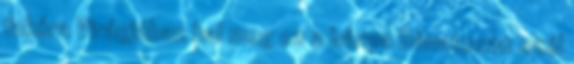
fakóra Virágjában hal meg ez a bánya Bánatosan szól